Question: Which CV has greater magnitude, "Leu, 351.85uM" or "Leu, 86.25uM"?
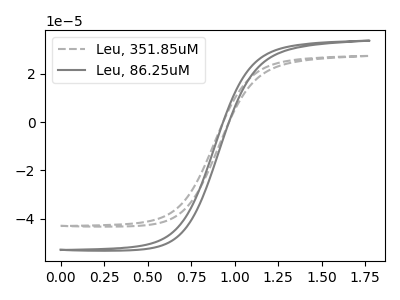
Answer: <think>The gray dashed curve "Leu, 351.85uM" has no peaks. The gray curve "Leu, 86.25uM" has no peaks.
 Neither "Leu, 351.85uM" or "Leu, 86.25uM" have any peaks.</think>
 <answer>I cant tell if "Leu, 351.85uM" or "Leu, 86.25uM" has more signal.</answer>
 <eval>mixed_signal</eval>